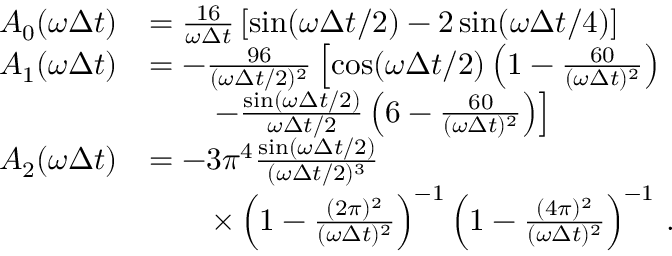
\begin{array} { r l } { A _ { 0 } ( \omega \Delta t ) } & { = \frac { 1 6 } { \omega \Delta t } \left[ \sin ( \omega \Delta t / 2 ) - 2 \sin ( \omega \Delta t / 4 ) \right] } \\ { A _ { 1 } ( \omega \Delta t ) } & { = - \frac { 9 6 } { ( \omega \Delta t / 2 ) ^ { 2 } } \left[ \cos ( \omega \Delta t / 2 ) \left( 1 - \frac { 6 0 } { ( \omega \Delta t ) ^ { 2 } } \right) \right. } \\ & { \qquad \left. - \frac { \sin ( \omega \Delta t / 2 ) } { \omega \Delta t / 2 } \left( 6 - \frac { 6 0 } { ( \omega \Delta t ) ^ { 2 } } \right) \right] } \\ { A _ { 2 } ( \omega \Delta t ) } & { = - 3 \pi ^ { 4 } \frac { \sin ( \omega \Delta t / 2 ) } { ( \omega \Delta t / 2 ) ^ { 3 } } } \\ & { \qquad \times \left( 1 - \frac { ( 2 \pi ) ^ { 2 } } { ( \omega \Delta t ) ^ { 2 } } \right) ^ { - 1 } \left( 1 - \frac { ( 4 \pi ) ^ { 2 } } { ( \omega \Delta t ) ^ { 2 } } \right) ^ { - 1 } \, . } \end{array}